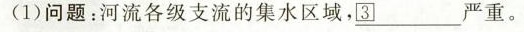
(1)问题：河流各级支流的集水区域，___严重。